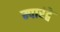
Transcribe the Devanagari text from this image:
म्पारंट्वे